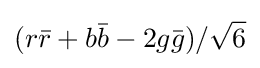
(r{\bar {r}}+b{\bar {b}}-2g{\bar {g}})/{\sqrt {6}}